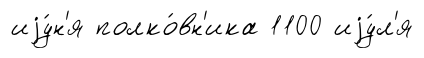
иjу́н'я полко́вн'ика 1100 иjу́л'я